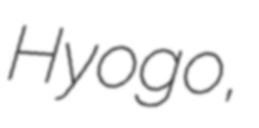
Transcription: Hyogo,